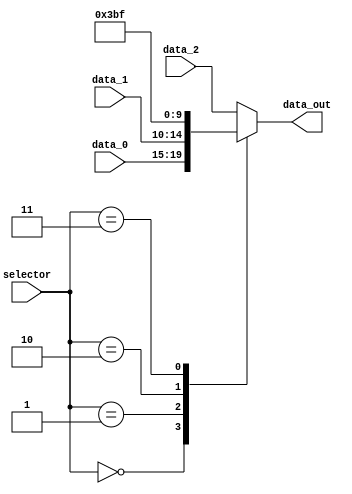
module mux_REG_dest (
    input  wire [2:0]   selector,
    input  wire [4:0]   data_0,     //rt
    input  wire [4:0]   data_1,     //rd
    input  wire [4:0]   data_2,     //rs
    output reg 	[4:0]   data_out
);

    always @(*) begin
            case (selector)
            3'b000: data_out = data_0;
            3'b001: data_out = data_1;
            3'b010: data_out = 5'b11101;
            3'b011: data_out = 5'b11111;
            default: data_out = data_2; 
        endcase
    end

endmodule